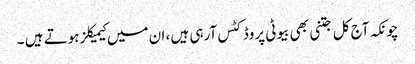
چونکہ آج کل جتنی بھی بیوٹی پروڈکٹس آرہی ہیں ، ان میں کیمیکلز ہوتے ہیں ۔